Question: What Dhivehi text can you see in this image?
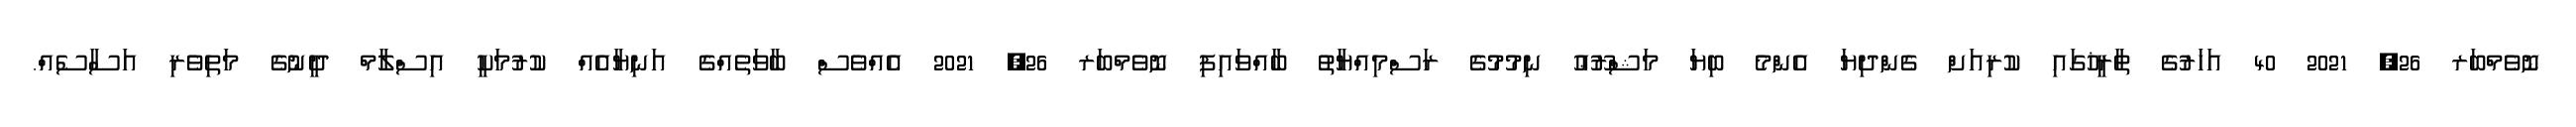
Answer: ނޮވެމްބަރ 26, 2021 40 އަހަރުގެ ތާރީޚުގައި ކުރިއަށް ގެންދިޔަ އެންމެ ބިޔަ މަޝްރޫޢު ނިމުމުގެ ރަސްމިއްޔާތު ބާއްވައިފި ނޮވެމްބަރ 26, 2021 އެއްވެސް ބާވަތެއްގެ އަނިޔާއެއް ކުރުމަކީ އިސްލާމް ދީނުގެ މަތިވެރި އަސާސެއް.